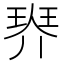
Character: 𤦠